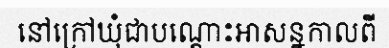
នៅក្រៅឃុំជាបណ្តោះអាសន្នកាលពី